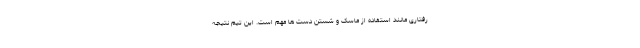
رفتاری مانند استفاده از ماسک و شستن دست ها مهم است. این تیم نتیجه